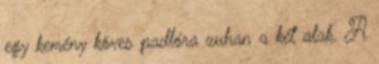
egy kemény köves padlóra zuhan a két alak. A